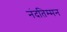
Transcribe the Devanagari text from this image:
नंदतिम्मन